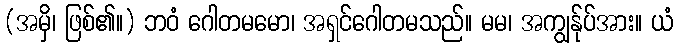
(အမှိ၊ ဖြစ်၏။) ဘဝံ ဂေါတမမော၊ အရှင်ဂေါတမသည်။ မမ၊ အကျွန်ုပ်အား။ ယံ